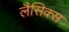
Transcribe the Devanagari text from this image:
लैसिक्स